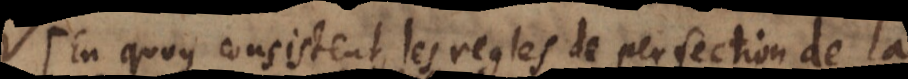
En quoy consistent les regles de perfection de la